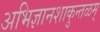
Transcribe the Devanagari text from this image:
अभिज्ञानशाकुन्तळम्